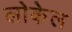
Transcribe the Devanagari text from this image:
लोकेल